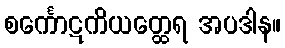
စင်္ကောဋကိယတ္ထေရ အပဒါန။